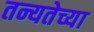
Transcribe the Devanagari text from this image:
तन्यतेच्या